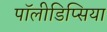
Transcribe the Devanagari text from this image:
पॉलीडिप्सिया